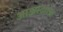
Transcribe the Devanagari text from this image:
आझादांसह